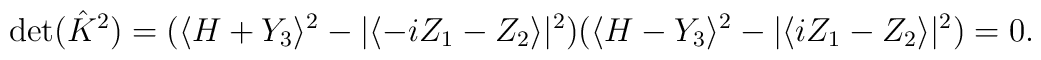
{\rm det}(\hat{K}^2)=(\langle H+Y_3 \rangle^2 - |\langle -i Z_1-Z_2 \rangle|^2 )(\langle H-Y_3 \rangle^2 - |\langle i Z_1-Z_2 \rangle|^2 )=0.